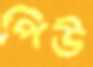
পিউ